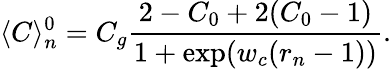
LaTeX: \langle C\rangle_{n}^{0}=C_{g}\frac{2-C_{0}+2(C_{0}-1)}{1+\exp(w_{c}(r_{n}-1))}.